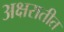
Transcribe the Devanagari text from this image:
अक्षरातीत